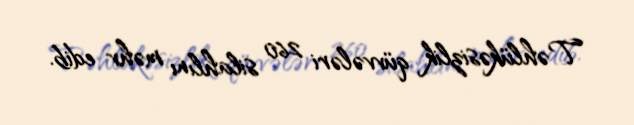
Təhlükəsizlik qüvvələri 260 silahlını məhv edib.